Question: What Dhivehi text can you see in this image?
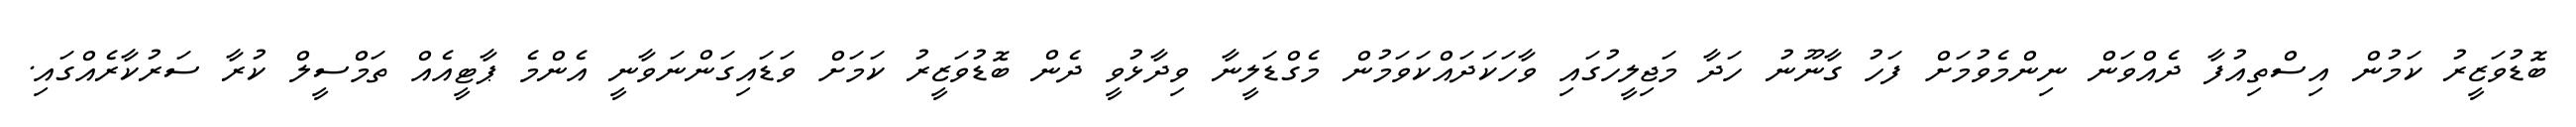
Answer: ބޮޑުވަޒީރު ކަމުން އިސްތިއުފާ ދެއްވަން ނިންމެވުމަށް ފަހު ގާނޫނު ހަދާ މަޖިލީހުގައި ވާހަކަދައްކަވަމުން މެގްޑަލީނާ ވިދާޅުވީ ދެން ބޮޑުވަޒީރު ކަމަށް ވަޑައިގަންނަވާނީ އެންމެ ޕާޓީއެއް ތަމްސީލް ކުރާ ސަރުކާރެއްގައި.